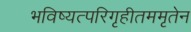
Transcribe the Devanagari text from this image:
भविष्यत्परिगृहीतममृतेन